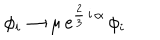
LaTeX: \phi _ { i } \rightarrow \mu \, \mathrm { e } ^ { \frac { 2 } { 3 } \, \mathrm { i } \, \alpha } \, \phi _ { i }